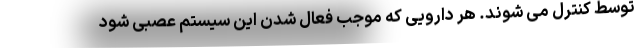
توسط کنترل می شوند. هر دارویی که موجب فعال شدن این سیستم عصبی شود